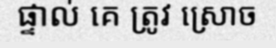
ផ្ទាល់ គេ ត្រូវ ស្រោច